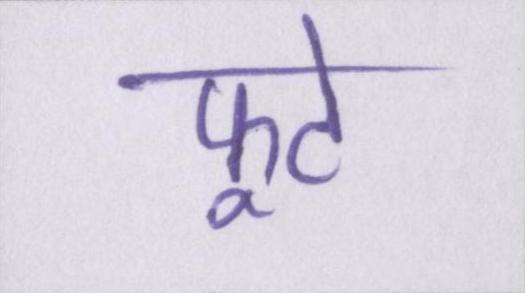
फूटे